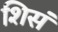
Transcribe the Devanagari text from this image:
शिसं